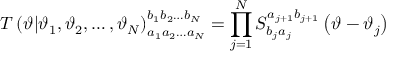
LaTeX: T \left( \vartheta | \vartheta _ { 1 } , \vartheta _ { 2 } , \ldots , \vartheta _ { N } \right) _ { a _ { 1 } a _ { 2 } \ldots a _ { N } } ^ { b _ { 1 } b _ { 2 } \ldots b _ { N } } = \prod _ { j = 1 } ^ { N } S _ { b _ { j } a _ { j } } ^ { a _ { j + 1 } b _ { j + 1 } } \left( \vartheta - \vartheta _ { j } \right)